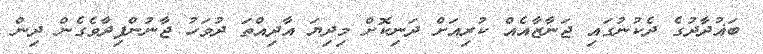
ބަޣުދާދުގެ ދެކުނުގައި ޖަނާޒާއެއް ކުރިއަށް ދަނިކޮށް މިދިޔަ އާދިއްތަ ދުވަހު ޖާނުންފިދާވެގެން ދިން